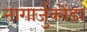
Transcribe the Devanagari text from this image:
नागार्जुकोंडा